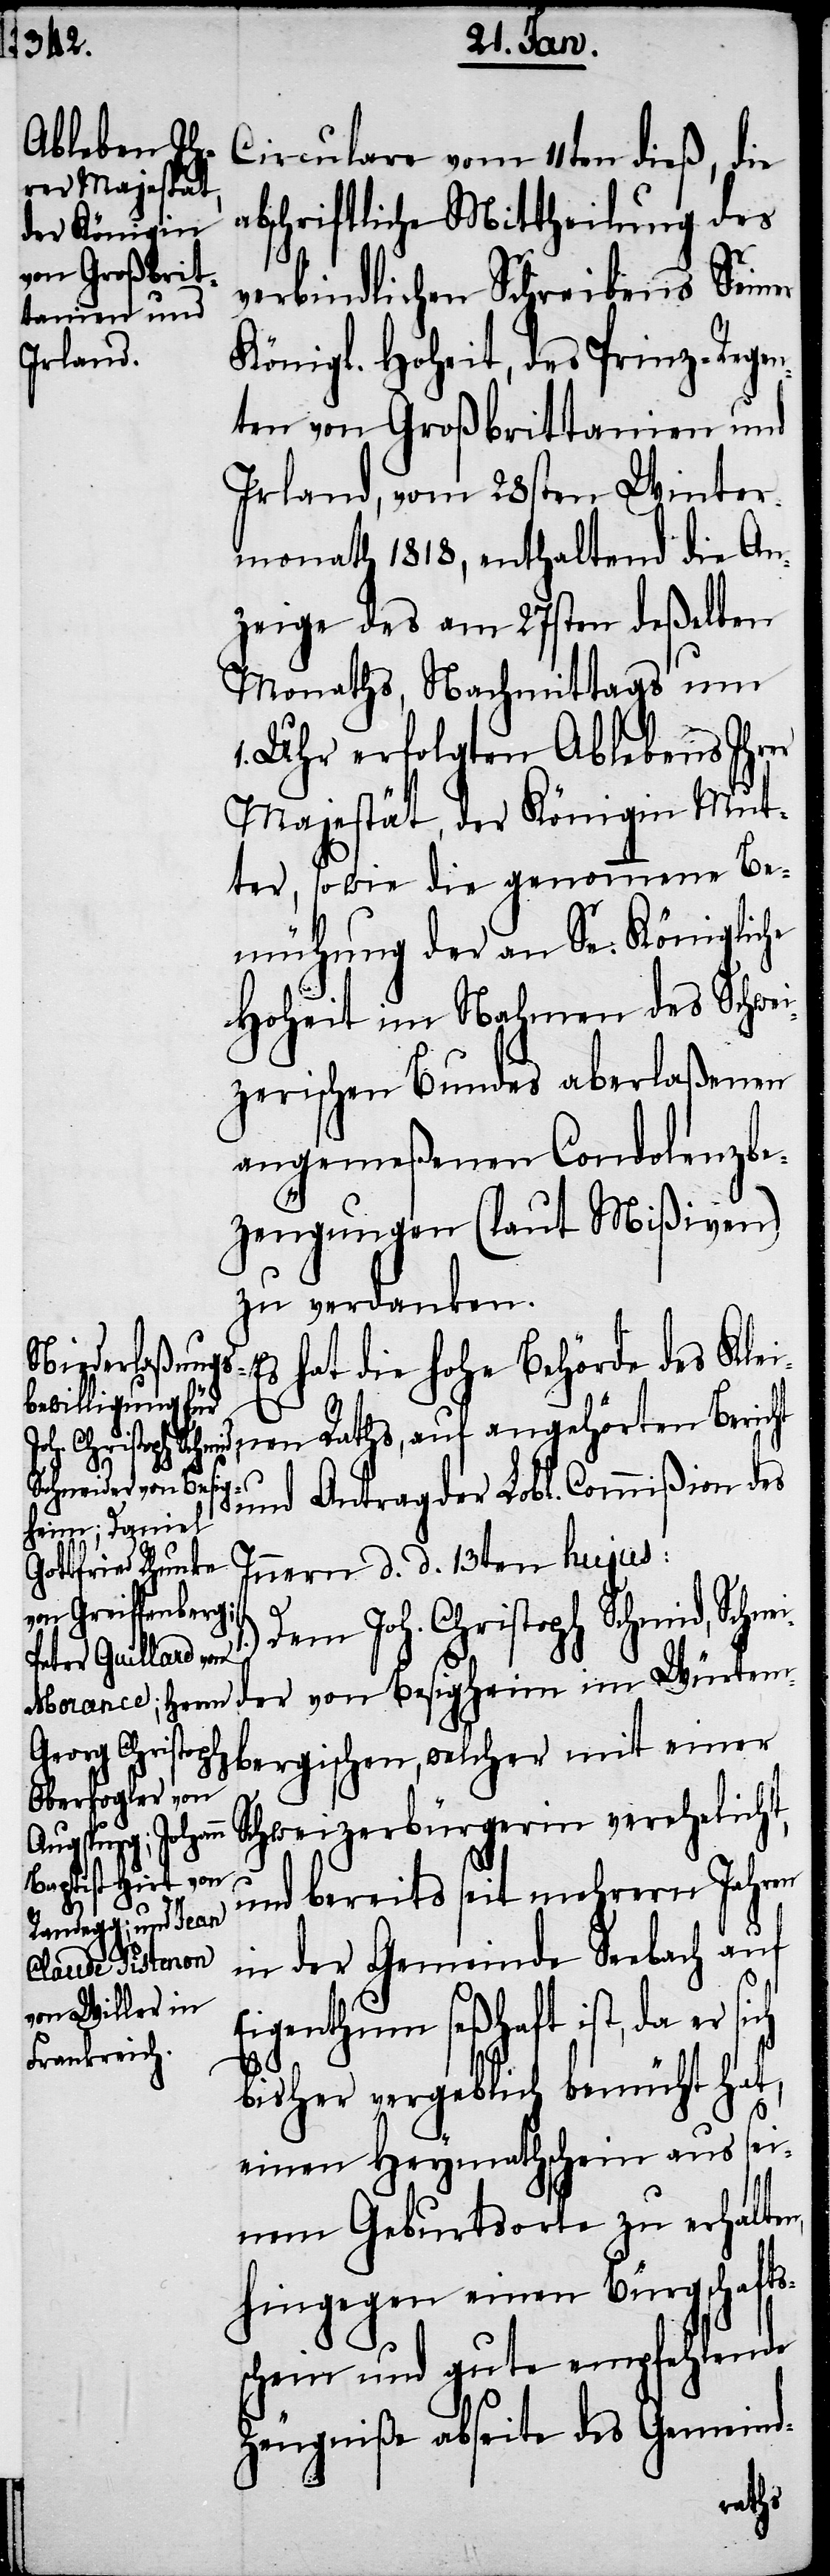
abschriftliche Mittheilung des
n,
verbindlichen Schreibens Seiner
Königl. Hoheit, des Prinz-Regen¬
ten von Großbrittanien und
Irland, vom 28sten Winter¬
monath 1818, enthaltend die An¬
zeige des am 27sten deßelben
Monaths, Nachmittags um
Uhr erfolgten Ablebens Ihrer
Majestät, der Königin Mut¬
ter, sowie die genommene Be¬
mühung der an Se. Königliche
Hoheit im Nahmen desSchwei¬
zerischen Bundes aberlaßenen
angemeßenen Condolenzbe¬
zeugungen (laut Mißiven)
zu verdanken.
Es hat die hohe Behörde des Klei¬
nen Raths, auf angehörten Bericht
11ten dieß, die
und Antrag der Lobl. Commißion des
Innern d. d. 13ten hujus:
Dem Joh. Christoph Schmid, Schn¬
eider von Besigheim im Würtem¬
bergischen, welcher mit einer
Schweizerbürgerin verehelicht,
und bereits seit mehrern Jahren
in der Gemeinde Seebach auf
Circulare vom
Eigenthum seßhaft ist, da er sich
bisher vergeblich bemüht hat,
einen Heymathschein aus sei¬
nem Geburtsorte zu erhalte¬
hingegen einen Bürgschafts¬
schein und gute empfehlende
Zeugniße abseite des Gemeind-